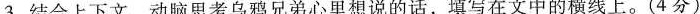
3.结合上下文，动脑思考乌鸦兄弟心里想说的话，填写在文中的横线上。(4分)